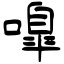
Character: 嘷